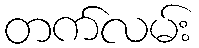
တက်လမ်း